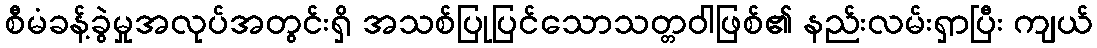
စီမံခန့်ခွဲမှုအလုပ်အတွင်းရှိ အသစ်ပြုပြင်သောသတ္တဝါဖြစ်၏ နည်းလမ်းရှာပြီး ကျယ်